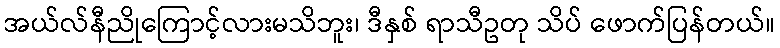
အယ်လ်နီညိုကြောင့်လားမသိဘူး၊ ဒီနှစ် ရာသီဥတု သိပ် ဖောက်ပြန်တယ်။